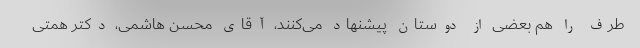
طرف را هم بعضی از دوستان پیشنهاد می‌کنند، آقای محسن هاشمی، دکتر همتی